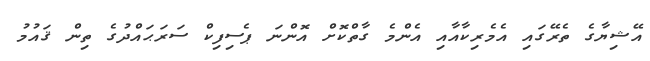
އޭޝިޔާގެ ތެރޭގައި އެމެރިކާއާއި އެންމެ ގާތްކޮށް އޮންނަ ޕެސިފިކް ސަރަޙައްދުގެ ތިން ޤައުމު